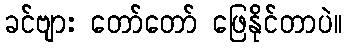
ခင်ဗျား တော်တော် ဖြေနိုင်တာပဲ။